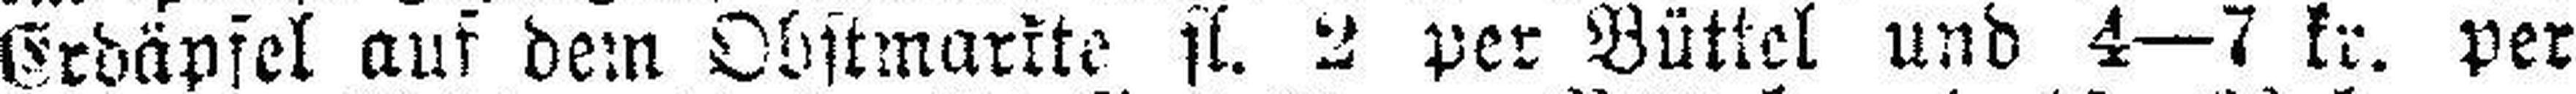
Erdäpfel auf dem Obstmarkte fl. 2 per Büttel und 4—7 kr. per